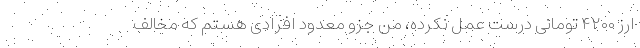
ارز ۴۲۰۰ تومانی درست عمل نکرده، من جزو معدود افرادی هستم که مخالف